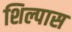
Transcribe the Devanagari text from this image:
शिल्पास